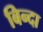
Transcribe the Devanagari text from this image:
बिन्दा